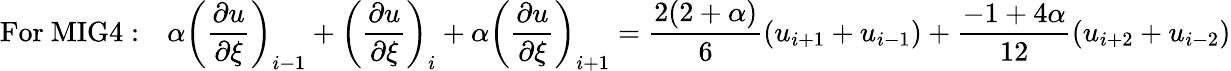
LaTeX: \mathrm{For~MIG4:}\quad\alpha\left(\frac{\partial u}{\partial\xi}\right)_{i-1}+\left(\frac{\partial u}{\partial\xi}\right)_{i}+\alpha\left(\frac{\partial u}{\partial\xi}\right)_{i+1}=\frac{2(2+\alpha)}{6}\left(u_{i+1}+u_{i-1}\right)+\frac{-1+4\alpha}{12}\left(u_{i+2}+u_{i-2}\right)